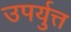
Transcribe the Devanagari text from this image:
उपर्युत्त